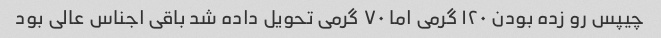
چیپس رو زده بودن ۱۲۰ گرمی اما ۷۰ گرمی تحویل داده شد باقی اجناس عالی بود